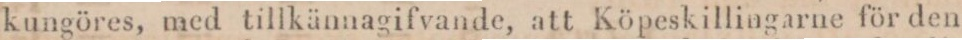
kungöres, med tillkännagifvande, att Köpeskillingarne för den